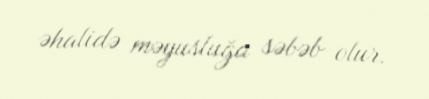
əhalidə məyusluğa səbəb olur.